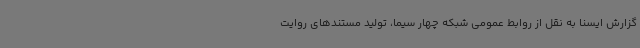
گزارش ایسنا به نقل از روابط عمومی شبکه چهار سیما، تولید مستندهای روایت